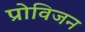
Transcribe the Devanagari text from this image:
प्रोविजन